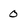
Character: 0